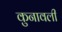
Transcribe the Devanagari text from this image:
कुनावली